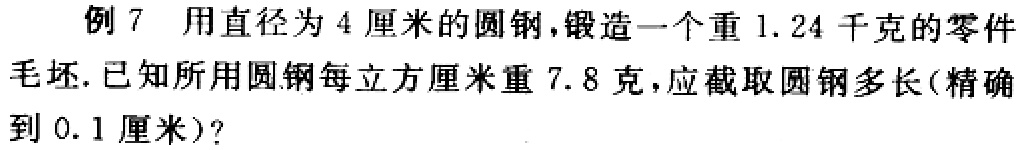
例 7 用直径为 4 厘米的圆钢，锻造一个重 1.24 千克的零件毛坯. 已知所用圆钢每立方厘米重 7.8 克，应截取圆钢多长(精确到 0.1 厘米)?